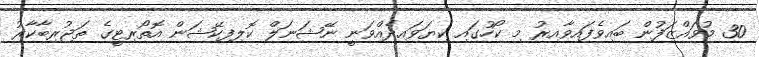
30 މުވައްޒަފުން ބައިވެފައިވާއިރު މި ކޯހުގައި ކިޔަވައިދެއްވަނީ ނޭޝަނަލް ކޮލިފިކޭޝަން އޮތޯރިޓީގެ ތަޖުރިބާކާރު